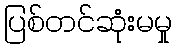
ပြစ်တင်ဆုံးမမှု